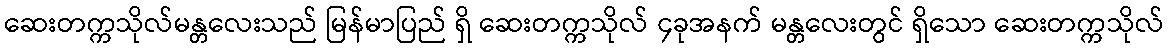
ဆေးတက္ကသိုလ်မန္တလေးသည် မြန်မာပြည် ရှိ ဆေးတက္ကသိုလ် ၄ခုအနက် မန္တလေးတွင် ရှိသော ဆေးတက္ကသိုလ်